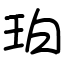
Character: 珀